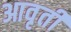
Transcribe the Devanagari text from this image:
आवृर्ती